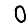
Digit: 0